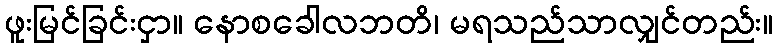
ဖူးမြင်ခြင်းငှာ။ နောစခေါလဘတိ၊ မရသည်သာလျှင်တည်း။